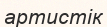
артистік